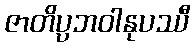
ဇာတိပ္ပဘဝါနုပဿီ